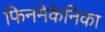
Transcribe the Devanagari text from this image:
फिनमेकेनिका